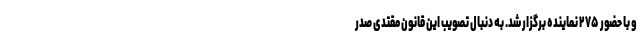
و با حضور ۲۷۵ نماینده برگزار شد. به دنبال تصویب این قانون مقتدی صدر